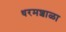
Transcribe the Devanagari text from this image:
धरमशाळा